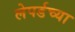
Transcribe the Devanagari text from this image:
लेपर्डच्या